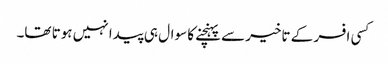
کسی افسر کے تاخیر سے پہنچنے کا سوال ہی پیدا نہیں ہوتا تھا۔